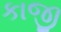
કાજી